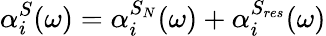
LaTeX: \alpha_{i}^{S}(\omega)=\alpha_{i}^{S_{N}}(\omega)+\alpha_{i}^{S_{res}}(\omega)